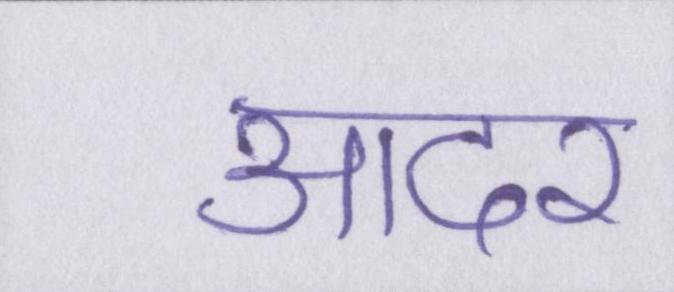
आदर